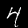
Label: 4